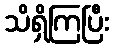
သိရှိကြပြီး